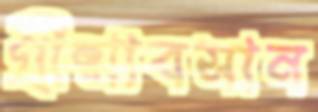
গ্রীষ্মাবসান